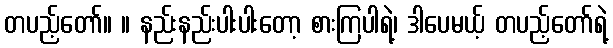
တပည့်တော်။ ။ နည်းနည်းပါးပါးတော့ စားကြပါရဲ့၊ ဒါပေမယ့် တပည့်တော်ရဲ့